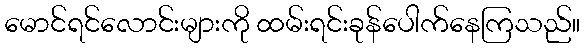
မောင်ရင်လောင်းများကို ထမ်းရင်းခုန်ပေါက်နေကြသည်။